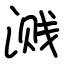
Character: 溅